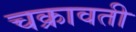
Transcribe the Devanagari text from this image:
चक्रावती